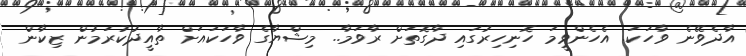
އާދެވޭނެ ވާހަކަ. އެހެންވީމަ ހޮނިހިރުގައި ދާގޮތަށް ރާވަމާ.. މިޝްޔާގެ ވާހަކައަށް ތާއީދުކުރަމުން ޒިކާން